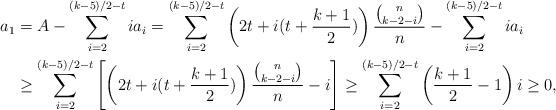
LaTeX: \begin{align*} a_1&=A-\sum_{i=2}^{(k-5)/2-t}ia_i= \sum_{i=2}^{(k-5)/2-t}\left(2t+i(t+\frac{k+1}{2})\right)\frac{\binom{n}{k-2-i}}{n}-\sum_{i=2}^{(k-5)/2-t}ia_i\\ &\ge \sum_{i=2}^{(k-5)/2-t}\left[\left(2t+i(t+\frac{k+1}{2})\right)\frac{\binom{n}{k-2-i}}{n}-i\right]\ge \sum_{i=2}^{(k-5)/2-t}\left(\frac{k+1}{2}-1\right)i\ge 0,\end{align*}